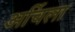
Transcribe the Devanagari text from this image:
अर्चिला